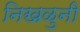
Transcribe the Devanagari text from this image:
निखळुनी